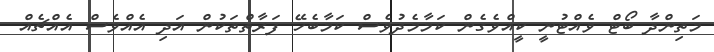
މަތިންދާ ބޯޓް ވެއްޓުނީ ކީއްވެގެން ކަމާމެދުވެސް ކަމާބެހޭ ފަރާތްތަކުން އަދި އެއްވެސް އެއްޗެއް